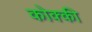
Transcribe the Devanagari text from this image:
कोक्की